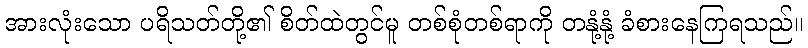
အားလုံးသော ပရိသတ်တို့၏ စိတ်ထဲတွင်မူ တစ်စုံတစ်ရာကို တနုံ့နုံ့ ခံစားနေကြရသည်။